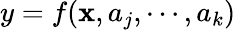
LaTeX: y=f(\mathbf{x},a_{j},\cdots,a_{k})